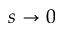
s \to 0